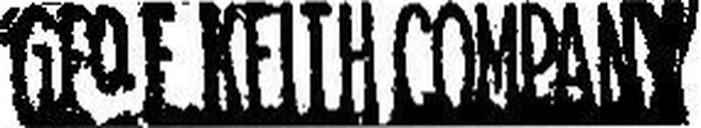
G###E KEITH COMPANY